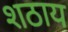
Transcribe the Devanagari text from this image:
शठाय